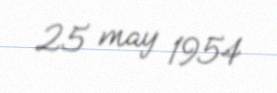
25 may 1954